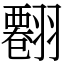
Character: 𦒘